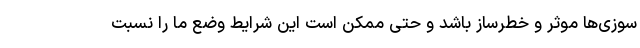
سوزی‌ها موثر و خطرساز باشد و حتی ممکن است این شرایط وضع ما را نسبت